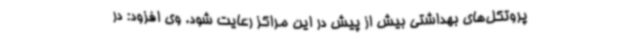
پروتکل‌های بهداشتی بیش از پیش در این مراکز رعایت شود. وی افزود: در